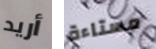
أريد مستاءة